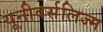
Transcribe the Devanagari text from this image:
यूनीवर्सलिज्म